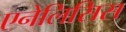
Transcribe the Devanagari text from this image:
एनेलिसिस